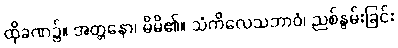
ထိုခဏ၌။ အတ္တနော၊ မိမိ၏။ သံကိလေသဘာဝံ၊ ညစ်နွမ်းခြင်း